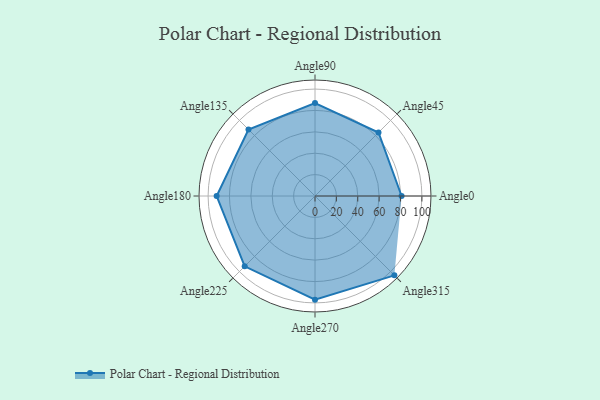
{"axis": {"x": "Angle", "y": "Radius"}, "legend": [""], "data": [{"x": "Angle0", "y": 81.0, "type": ""}, {"x": "Angle45", "y": 84.0, "type": ""}, {"x": "Angle90", "y": 87.0, "type": ""}, {"x": "Angle135", "y": 88.0, "type": ""}, {"x": "Angle180", "y": 92.0, "type": ""}, {"x": "Angle225", "y": 93.0, "type": ""}, {"x": "Angle270", "y": 97.0, "type": ""}, {"x": "Angle315", "y": 105.0, "type": ""}]}